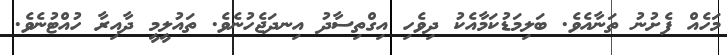
މަހެއް ފެށުނު ތަނާއެވެ. ބަލިމަޑުކަމާއެކު ދިވެހި އިގްތިސާދު އިނދަޖެހުނެވެ. ތައުލީމީ ދާއިރާ ހުއްޓުނެވެ.